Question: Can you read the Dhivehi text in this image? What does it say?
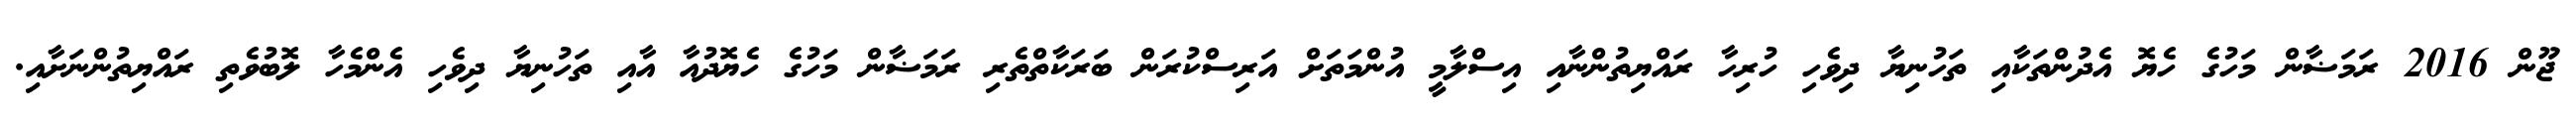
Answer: ޖޫން 2016 ރަމަޟާން މަހުގެ ހެޔޮ އެދުންތަކާއި ތަހުނިޔާ ދިވެހި ހުރިހާ ރައްޔިތުންނާއި އިސްލާމީ އުންމަތަށް އަރިސްކުރަން ބަރަކާތްތެރި ރަމަޟާން މަހުގެ ހެޔޮދުއާ އާއި ތަހުނިޔާ ދިވެހި އެންމެހާ ލޮބުވެތި ރައްޔިތުންނަށާއި.